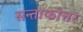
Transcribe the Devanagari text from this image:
सन्ताकोत्तर